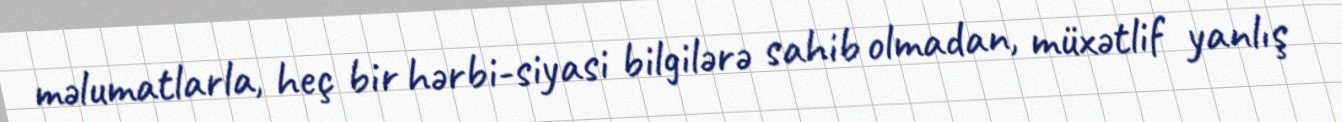
məlumatlarla, heç bir hərbi-siyasi bilgilərə sahib olmadan, müxətlif yanlış